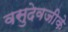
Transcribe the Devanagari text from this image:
वसुदेवजीके